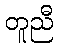
တူညီ